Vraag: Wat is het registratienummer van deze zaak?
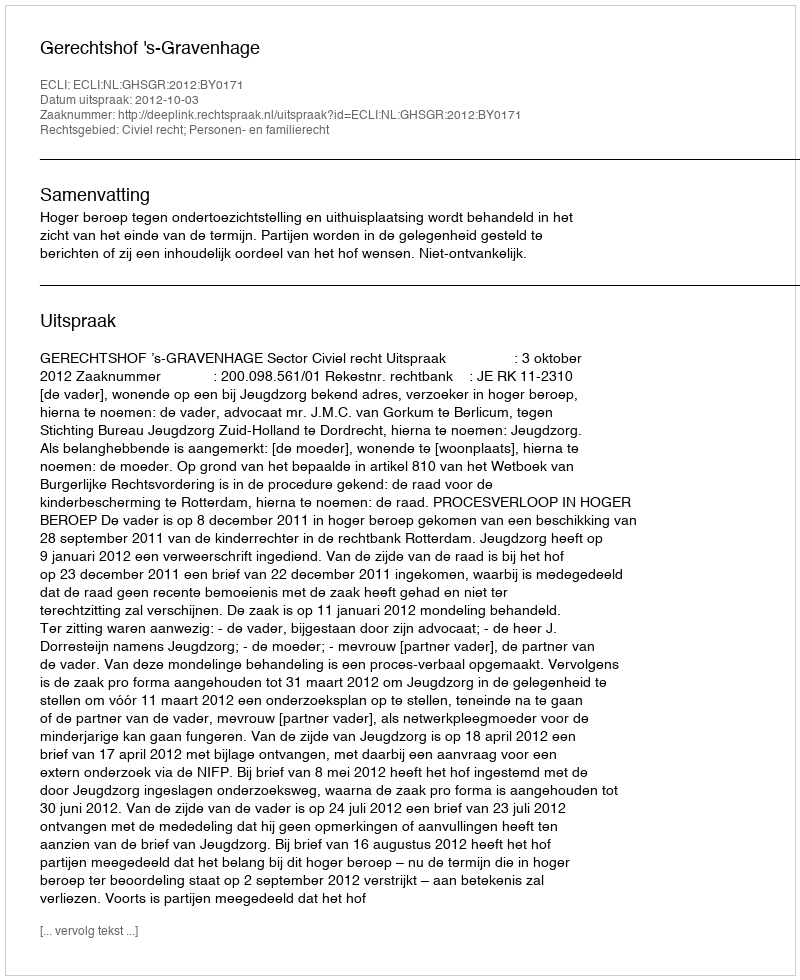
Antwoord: http://deeplink.rechtspraak.nl/uitspraak?id=ECLI:NL:GHSGR:2012:BY0171